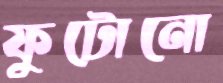
ফুটোনো